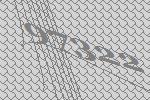
97322